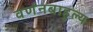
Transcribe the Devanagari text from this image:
वर्णनबाहुल्य